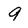
Character: 9